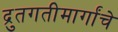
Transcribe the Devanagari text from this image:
द्रुतगतीमार्गांचे